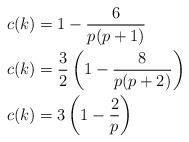
LaTeX: \begin{align*}c(k)&=1-\frac{6}{p(p+1)} \\c(k)&=\frac{3}{2}\left(1-\frac{8}{p(p+2)}\right)\\c(k)&=3\left(1-\frac{2}{p}\right)\end{align*}